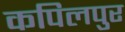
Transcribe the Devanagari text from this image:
कपिलपुर